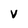
Character: v